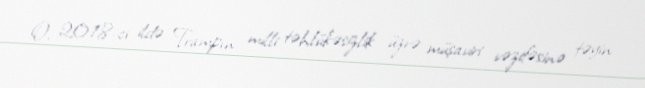
O, 2018-ci ildə Trampın milli təhlükəsizlik üzrə müşaviri vəzifəsinə təyin